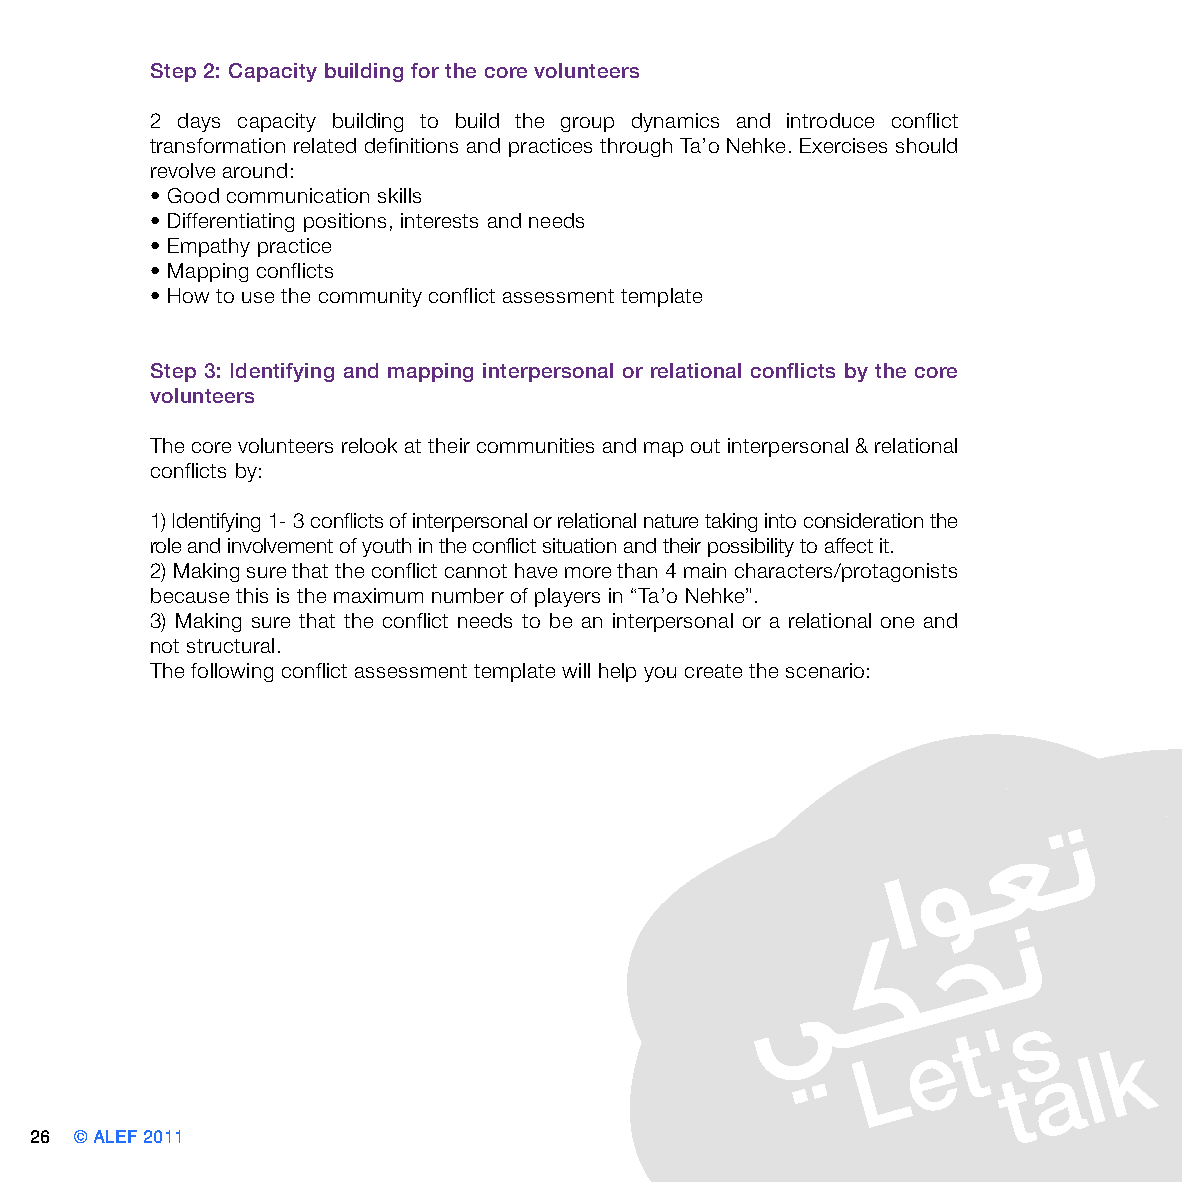
Step 2: Capacity building for the core volunteers
 2 days capacity building to build the group dynamics and introduce conflict
 transformation related definitions and practices through Ta’o Nehke. Exercises should
 revolve around:
 • Good communication skills
 • Differentiating positions, interests and needs
 • Empathy practice
 • Mapping conflicts
 • How to use the community conflict assessment template
 Step 3: Identifying and mapping interpersonal or relational conflicts by the core
 volunteers
 The core volunteers relook at their communities and map out interpersonal & relational
 conflicts by:
 1) Identifying 1- 3 conflicts of interpersonal or relational nature taking into consideration the
 role and involvement of youth in the conflict situation and their possibility to affect it.
 2) Making sure that the conflict cannot have more than 4 main characters/protagonists
 because this is the maximum number of players in “Ta’o Nehke”.
 3) Making sure that the conflict needs to be an interpersonal or a relational one and
 not structural.
 The following conflict assessment template will help you create the scenario:
 26 © ALEF 2011